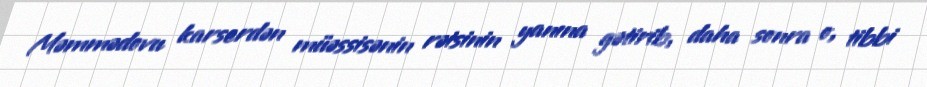
Məmmədovu karserdən müəssisənin rəisinin yanına gətirib, daha sonra o, tibbi